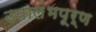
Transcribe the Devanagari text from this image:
उपालंभपूर्ण